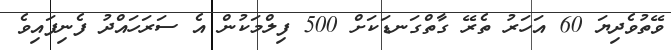
ވޭތުވެދިޔަ 60 އަހަރު ތެރޭ ގާތްގަނޑަކަށް 500 ފިލްމަކުން އެ ސަރަހައްދު ފެނިފައިވެ